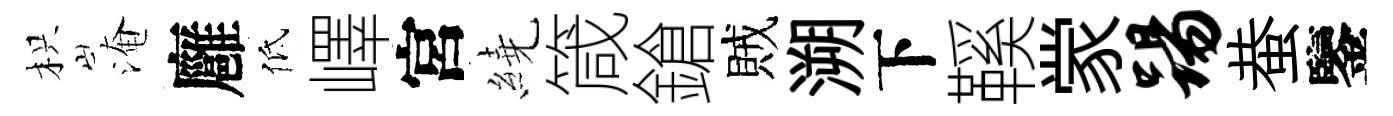
枳淹廱低嶧宮繞箴鎗賊溯下鞵䝉踢蛬鑒